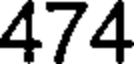
474